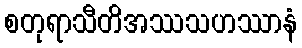
စတုရာသီတိအဿသဟဿာနံ